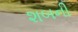
શબની